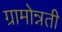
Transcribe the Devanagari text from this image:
ग्रामोन्नती